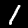
Digit: 1